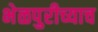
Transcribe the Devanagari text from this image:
भेळपुरीच्याच